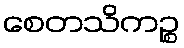
စေတသိကဉ္စ